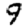
Digit: 9